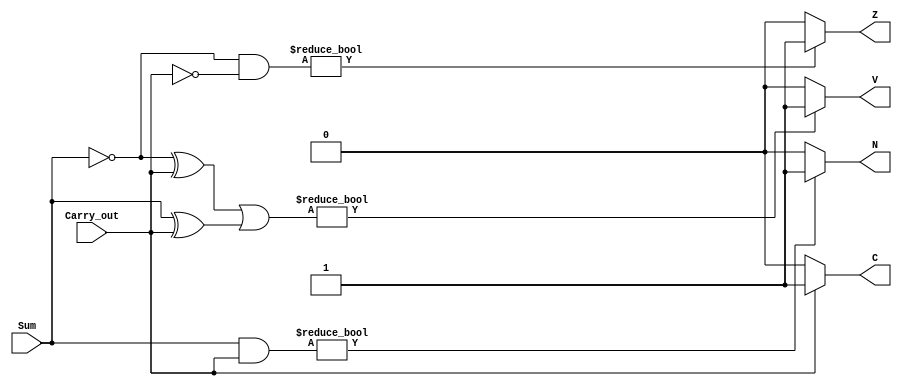
module flag_circuit(
	Sum,
	Carry_out,
	N,
	C,
	V,
	Z    
);

	parameter NIB = 4;

	input wire [NIB-1:0]Sum;
   input wire Carry_out;

   output reg N;
   output reg C;
   output reg V;
   output reg Z;


always @(Sum or Carry_out) begin
    //Negative Flag
    if(Sum & Carry_out) N <= 1;
    else N <= 0;

    //Carry Flag
    if(Carry_out) C <= 1;
    else C <= 0;

    //Overflow Flag
    if((~Sum ^ Carry_out) | (Sum ^ Carry_out)) V <= 1;
    else V <= 0;

    //Zero Flag
    if(~Sum & ~Carry_out) Z <= 1;
    else Z <= 0;
end
    

endmodule